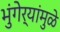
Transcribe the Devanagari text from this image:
भुंगेर्‍यांमुळे